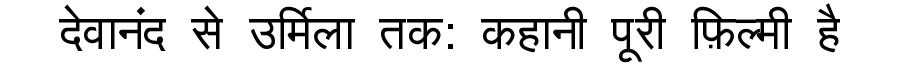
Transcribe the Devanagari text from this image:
देवानंद से उर्मिला तक: कहानी पूरी फ़िल्मी है